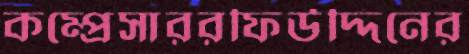
কম্প্রেসাররফিউদ্দিনের